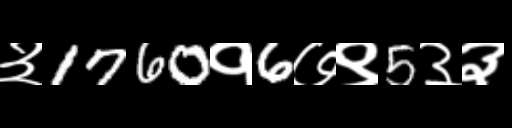
Text: ३1760१6७९5३३